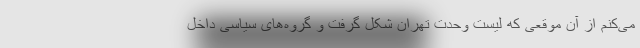
می‌کنم از آن موقعی که لیست وحدت تهران شکل گرفت و گروه‌های سیاسی داخل